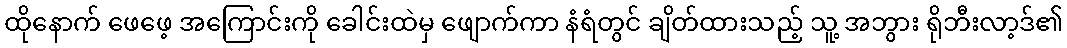
ထိုနောက် ဖေဖေ့ အကြောင်းကို ခေါင်းထဲမှ ဖျောက်ကာ နံရံတွင် ချိတ်ထားသည့် သူ့ အဘွား ရိုဘီးလာ့ဒ်၏